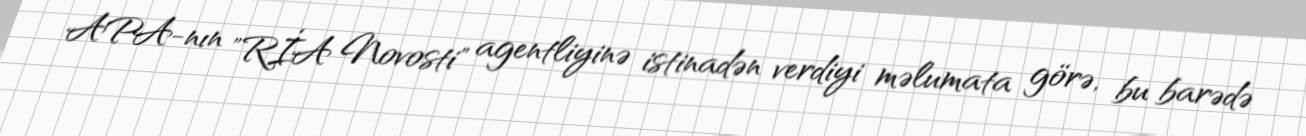
APA-nın "RİA Novosti" agentliyinə istinadən verdiyi məlumata görə, bu barədə